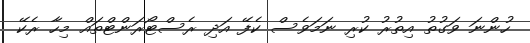
ހުންނަ ވަގުތު އިތުރު ކުރި ނަމަވެސް ކެފޭ އަދި ރެސްޓޯރަންޓްތައް މިހާ ރެކޭ